Vaccine operations Central Provinces 1900-1911 - 1900-1911
Year: 1900
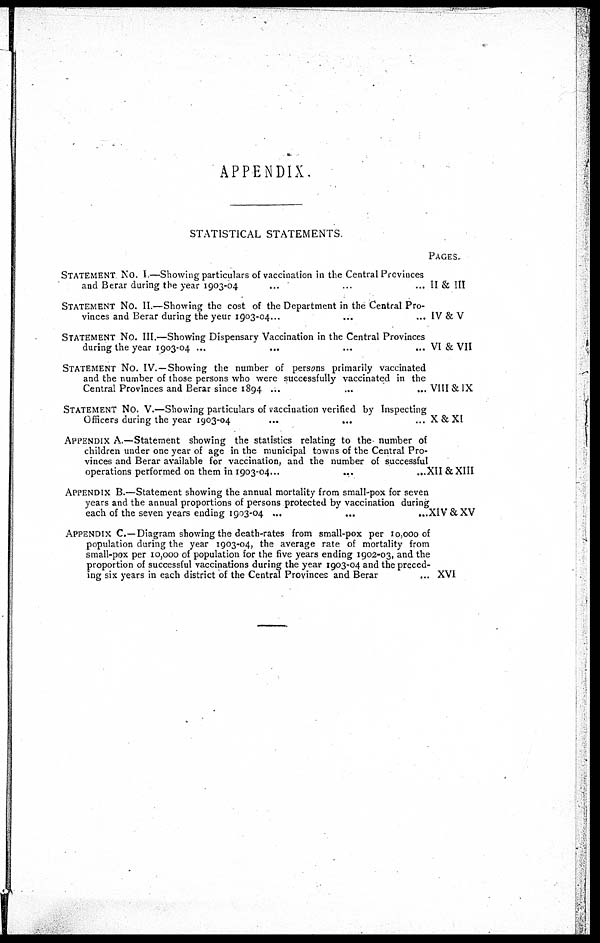
APPENDIX.
STATISTICAL STATEMENTS
PAGES.
STATEMENT NO. I —Showing particulars of vaccination in the Central Provinces
and Berar during the year 1903-04
STATEMENT NO. II.—Showing the cost of the Department in the Central Pro-
vinces and Berar during the year 1903-04...
STATEMENT NO. III.—Showing Dispensary Vaccination in the Central Provinces
during the year 1903-04 ...
...
...
...
STATEMENT NO. IV.—Showing the number of persons primarily vaccinated
and the number of those persons who were successfully vaccinated in the
Central Provinces and Berar since 1894 ...
...
...
STATEMENT NO. V.—Showing particulars of vaccination verified by Inspecting
Officers during the year 1903-04
...
...
APPENDIX A.—Statement showing the statistics relating to the- number of
children under one year of age in the municipal towns of the Central Pro-
vinces and Berar available for vaccination, and the number of successful
operations performed on them in 1903-04...
...
...
APPENDIX B.—Statement showing the annual mortality from small-pox for seven
years and the annual proportions of persons protected by vaccination during
each of the seven years ending 1903-04 ...
...
...
APPENDIX C.—Diagram showing the death-rates from small-pox per 10,000 of
population during the year 1903-04, the average rate of mortality from
small-pox per 10,000 of population for the five years ending 1902-03, and the
proportion of successful vaccinations during the year 1903-04 and the preced-
ing six years in each district of the Central Provinces and Berar
...
II & III
IV &V
VI & VII
VIII & IX
X&Xl
XII & XIII
XIV & XV
XVI